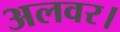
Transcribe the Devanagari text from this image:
अलवर।